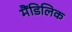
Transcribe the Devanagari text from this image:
मैंडिलिक